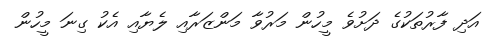
އަދި ފާރުތަކުގެ ދަށުވެ މީހުން މަރުވާ މަންޒަރާއި ލެޔާއި އެކު ގިނަ މީހުން